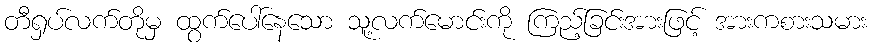
တီရှပ်လက်တိုမှ ထွက်ပေါ်နေသော သူ့လက်မောင်းကို ကြည့်ခြင်းအားဖြင့် အားကစားသမား